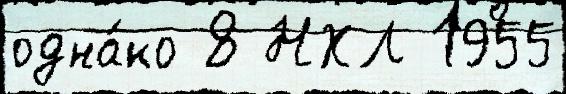
одна́ко 8 НХЛ 1955